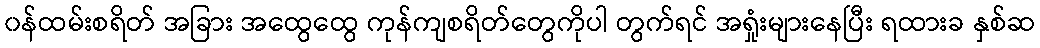
၀န်ထမ်းစရိတ် အခြား အထွေထွေ ကုန်ကျစရိတ်တွေကိုပါ တွက်ရင် အရှုံးများနေပြီး ရထားခ နှစ်ဆ